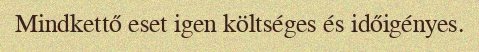
Mindkettő eset igen költséges és időigényes.